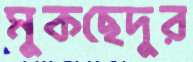
মুকছেদুর